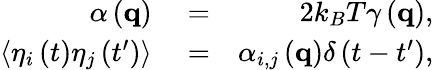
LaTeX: \begin{array}{rlr}{\alpha\left({\mathbf{q}}\right)}&{{}=}&{2k_{B}T\gamma\left({\mathbf{q}}\right),}\\ {\left\langle{{\eta_{i}}\left(t\right){\eta_{j}}\left({t^{\prime}}\right)}\right\rangle}&{{}=}&{{\alpha_{i,j}}\left({\mathbf{q}}\right)\delta\left({t-t^{\prime}}\right),}\end{array}